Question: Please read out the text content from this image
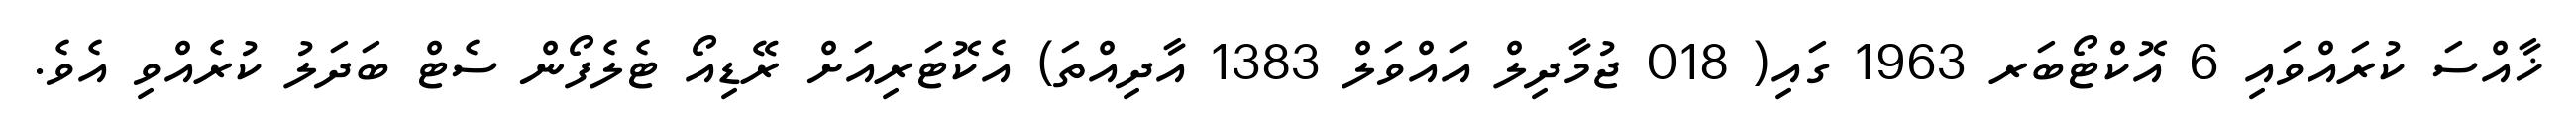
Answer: ޚާއްސަ ކުރައްވައި 6 އޮކްޓޯބަރ 1963 ގައި( 018 ޖުމާދިލް އައްވަލް 1383 އާދިއްތަ) އެކޮޓަރިއަށް ރޭޑިއޯ ޓެލެފޯން ސެޓް ބަދަލު ކުރެއްވި އެވެ.